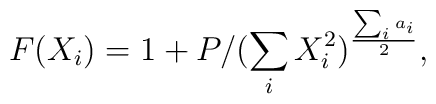
F(X_i)=1+P/(\sum_iX^2_i)^{{\sum_ia_i}\over 2},